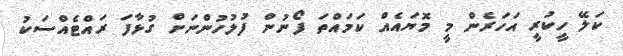
ކަލޭ ހީކުރީ އަހަރެން މީ މޮޔައެއް ކަމައްތަ ފޯނުން ފުލުހުންނަށް ގުޅާފަ ރައްޓެއްސަކު